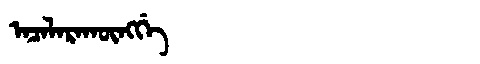
Manchu: ᠠᠴᠠᠯᠠᡵᠠᡴᡡᠩᡤᡝ
Romanization: ACALARAKŪNGGE